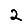
Digit: 2